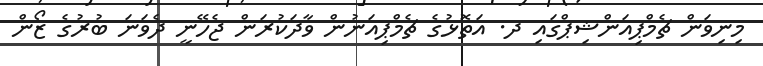
މިނިވަން ޗެމްޕިއަންޝިޕްގައި ދ. އަތޮޅުގެ ޗެމްޕިއަނުން ވާދަކުރަން ޖެހޭނީ ދެވަނަ ބުރުގެ ޒޯން